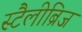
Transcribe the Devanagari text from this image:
स्टैलीब्रिज